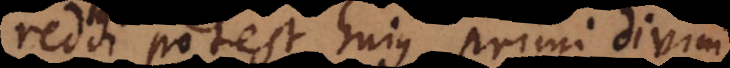
reddi potest hujus primi divini